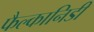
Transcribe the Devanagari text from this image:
फैल्कानिडी